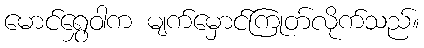
မောင်ရွှေဝါက မျက်မှောင်ကြုတ်လိုက်သည်။